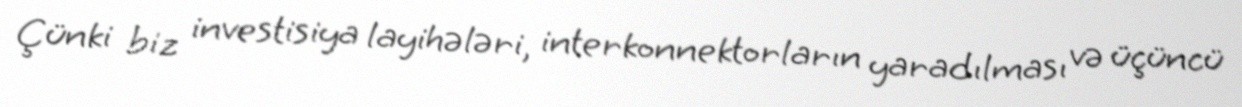
Çünki biz investisiya layihələri, interkonnektorların yaradılması və üçüncü